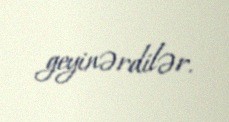
geyinərdilər.